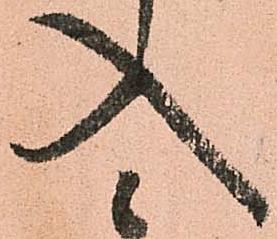
入